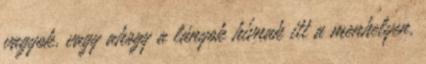
vagyok, vagy ahogy a lányok hívnak itt a menhelyen,